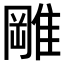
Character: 𨿺